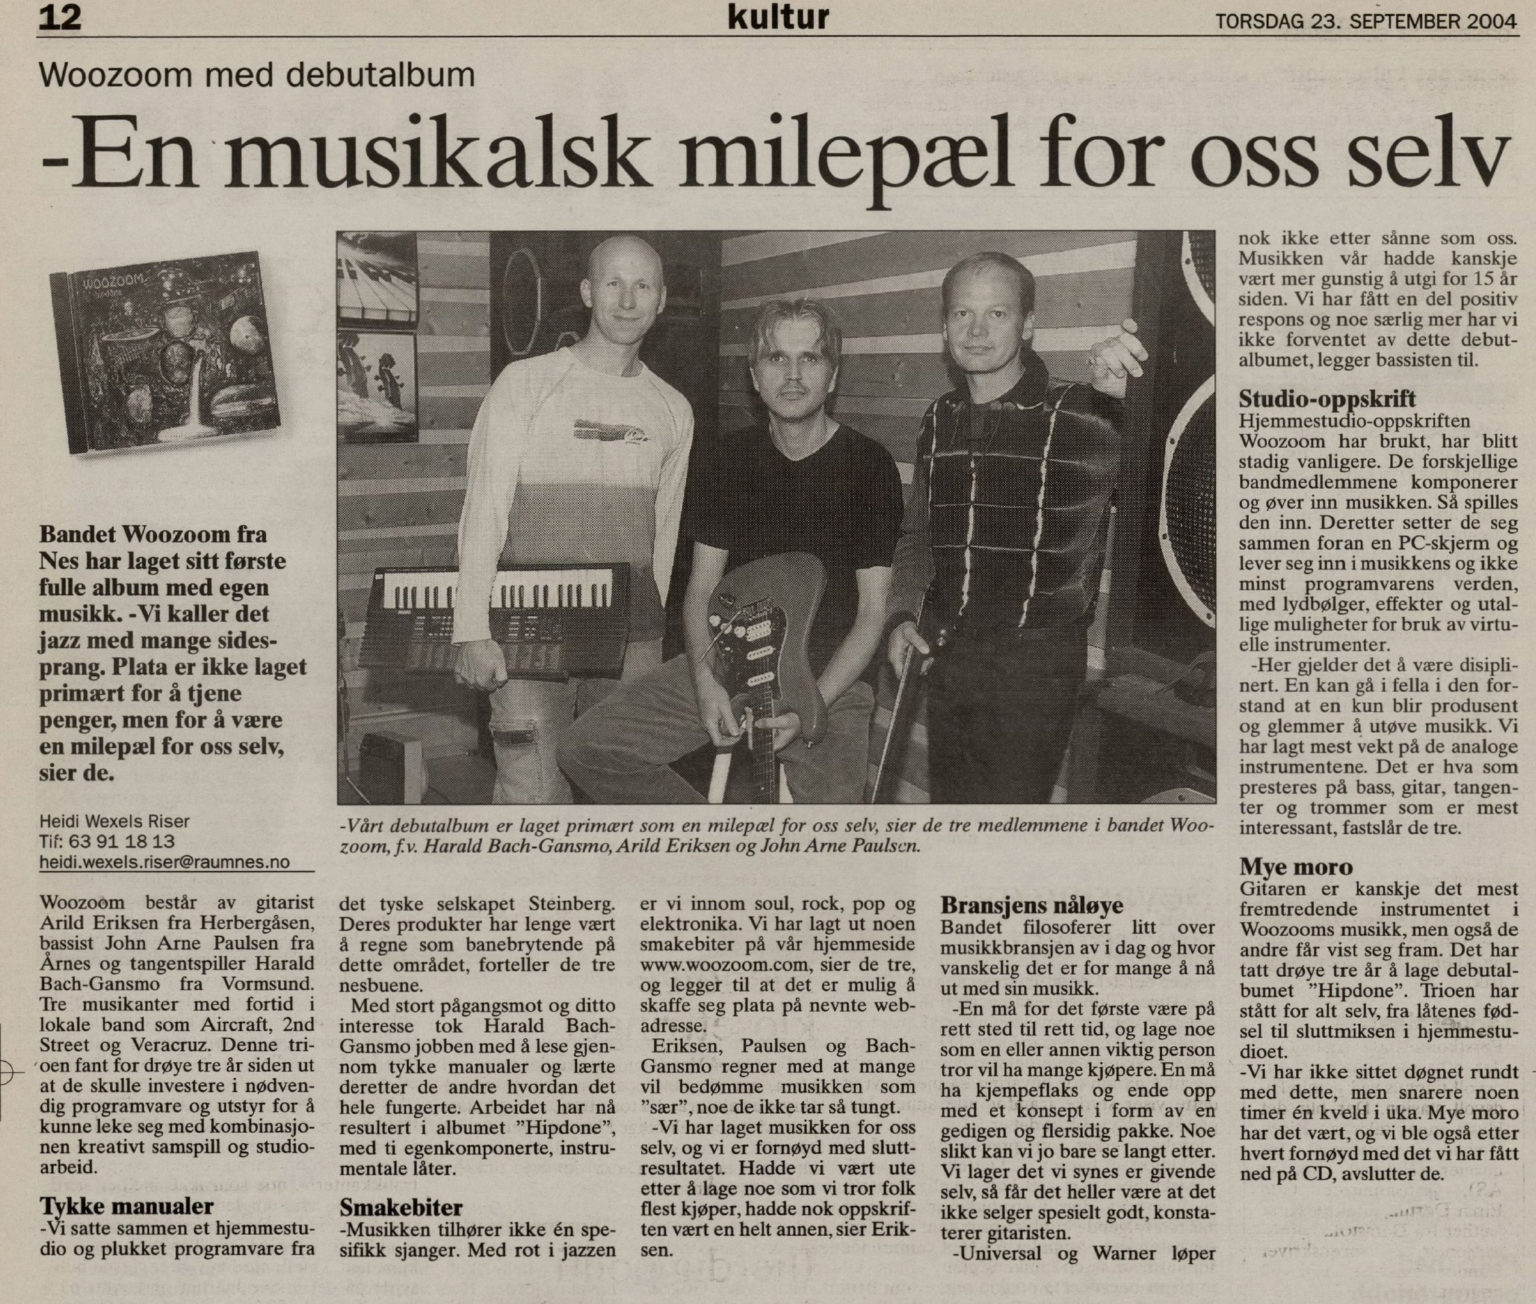
Language: no